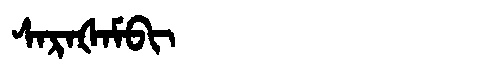
Manchu: ᠰᠠᡵᠠᡧᠠᠮᠪᡳ
Romanization: SARAŠAMBI